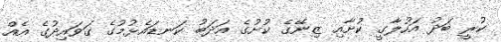
ކުރީ ބަދު އަހުލާގީ ކުށާއި ޒިނޭގެ ކުށުގެ އަދަބު ކަނޑައެޅުމުގެ ގަވައިދުގެ އެއް